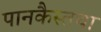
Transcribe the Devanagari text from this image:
पानकैस्तथा